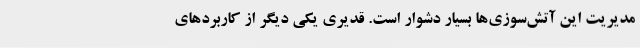
مدیریت این آتش‌سوزی‌ها بسیار دشوار است. قدیری یکی دیگر از کاربردهای